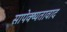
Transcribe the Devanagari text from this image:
सापेक्ष्यतावाद